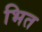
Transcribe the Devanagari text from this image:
भित